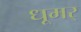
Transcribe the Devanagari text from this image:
धूमर्